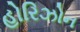
હોરિઝોન